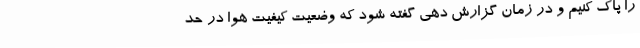
را پاک کنیم و در زمان گزارش دهی گفته شود که وضعیت کیفیت هوا در حد